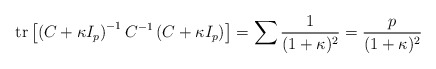
\begin{align*}\mbox{tr}\left[\left(C+\kappa I_p\right)^{-1}C^{-1} \left(C+\kappa I_p\right)\right] = \sum \frac{1}{(1+\kappa)^2} = \frac{p}{(1+\kappa)^2}\end{align*}